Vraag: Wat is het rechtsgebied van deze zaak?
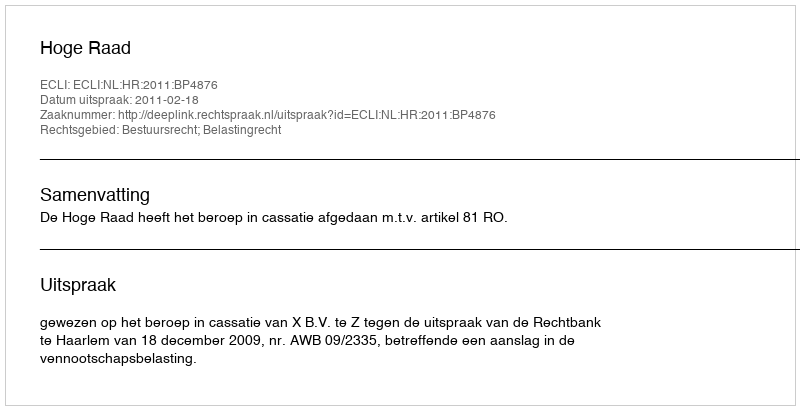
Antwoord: Bestuursrecht; Belastingrecht